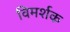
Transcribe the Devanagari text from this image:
विमर्शक